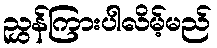
ညွှန်ကြားပါလိမ့်မည်